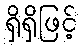
ရှိရှိဖြင့်